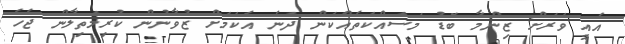
އެއީ ވަރަށް ޒިންމާ ބޮޑު މަސައްކަތެއްކަން ދަނެ އެކަމަށް ޒުވާނުން ކުރިމަތިލާން ޖެހެ